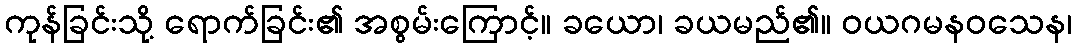
ကုန်ခြင်းသို့ ရောက်ခြင်း၏ အစွမ်းကြောင့်။ ခယော၊ ခယမည်၏။ ဝယဂမနဝသေန၊